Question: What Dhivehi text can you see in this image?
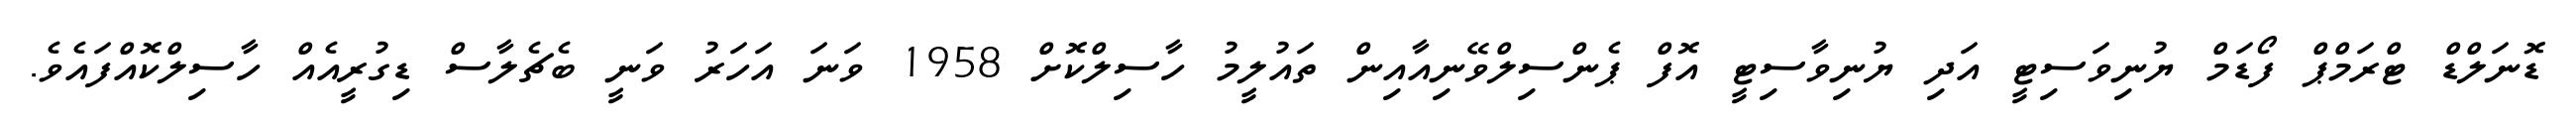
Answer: ޑޮނަލްޑް ޓްރަމްޕް ފޯޑަމް ޔުނިވަސިޓީ އަދި ޔުނިވާސިޓީ އޮފް ޕެންސިލްވޭނިއާއިން ތައުލީމު ހާސިލްކޮށް 1958 ވަނަ އަހަރު ވަނީ ބެޗެލާސް ޑިގުރީއެއް ހާސިލްކޮއްފައެވެ.